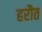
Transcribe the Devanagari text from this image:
हरौत